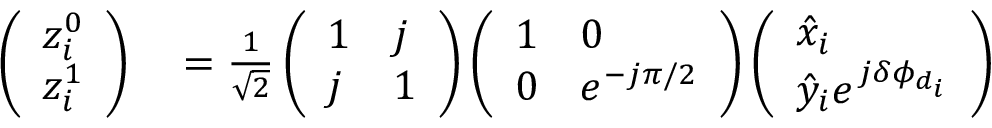
\begin{array} { r l } { \left( \begin{array} { l } { z _ { i } ^ { 0 } } \\ { z _ { i } ^ { 1 } } \end{array} \right) } & { { } = \frac { 1 } { \sqrt { 2 } } \left( \begin{array} { l l } { 1 } & { j } \\ { j } & { 1 } \end{array} \right) \left( \begin{array} { l l } { 1 } & { 0 } \\ { 0 } & { e ^ { - j \pi / 2 } } \end{array} \right) \left( \begin{array} { l } { \hat { x } _ { i } } \\ { \hat { y } _ { i } e ^ { j \delta \phi _ { d _ { i } } } } \end{array} \right) } \end{array}